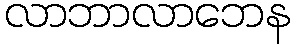
လာဘာလာဘေန